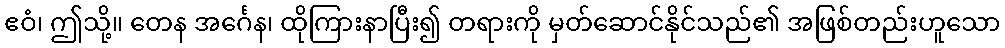
ဧဝံ၊ ဤသို့။ တေန အင်္ဂေန၊ ထိုကြားနာပြီး၍ တရားကို မှတ်ဆောင်နိုင်သည်၏ အဖြစ်တည်းဟူသော